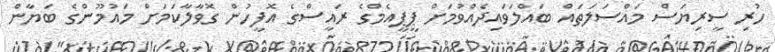
ހުރި ސީރިޔަސް މައްސަލަތައް ބައްލަވައިދެއްވުމަށް ޕީޕީއެމްގެ ރައީސްގެ އޮފީހުން ގޮވާލާކަމަށް މައުމޫންގެ ބަޔާން